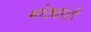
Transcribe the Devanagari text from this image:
मोठ्यांशी